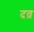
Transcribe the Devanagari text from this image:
दव्र